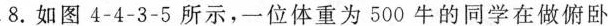
8.如图4-4-3-5所示，一位体重为500牛的同学在做俯卧